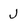
Character: j